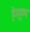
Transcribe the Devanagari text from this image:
हेमपुष्प